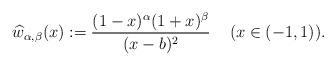
LaTeX: \begin{align*}\widehat{w}_{\alpha,\beta}(x):=\frac{(1-x)^{\alpha}(1+x)^{\beta}}{(x-b)^{2}}\,\quad(x\in(-1,1)). \end{align*}